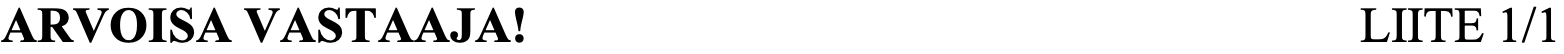
ARVOISA VASTAAJA!                            LIITE 1/1